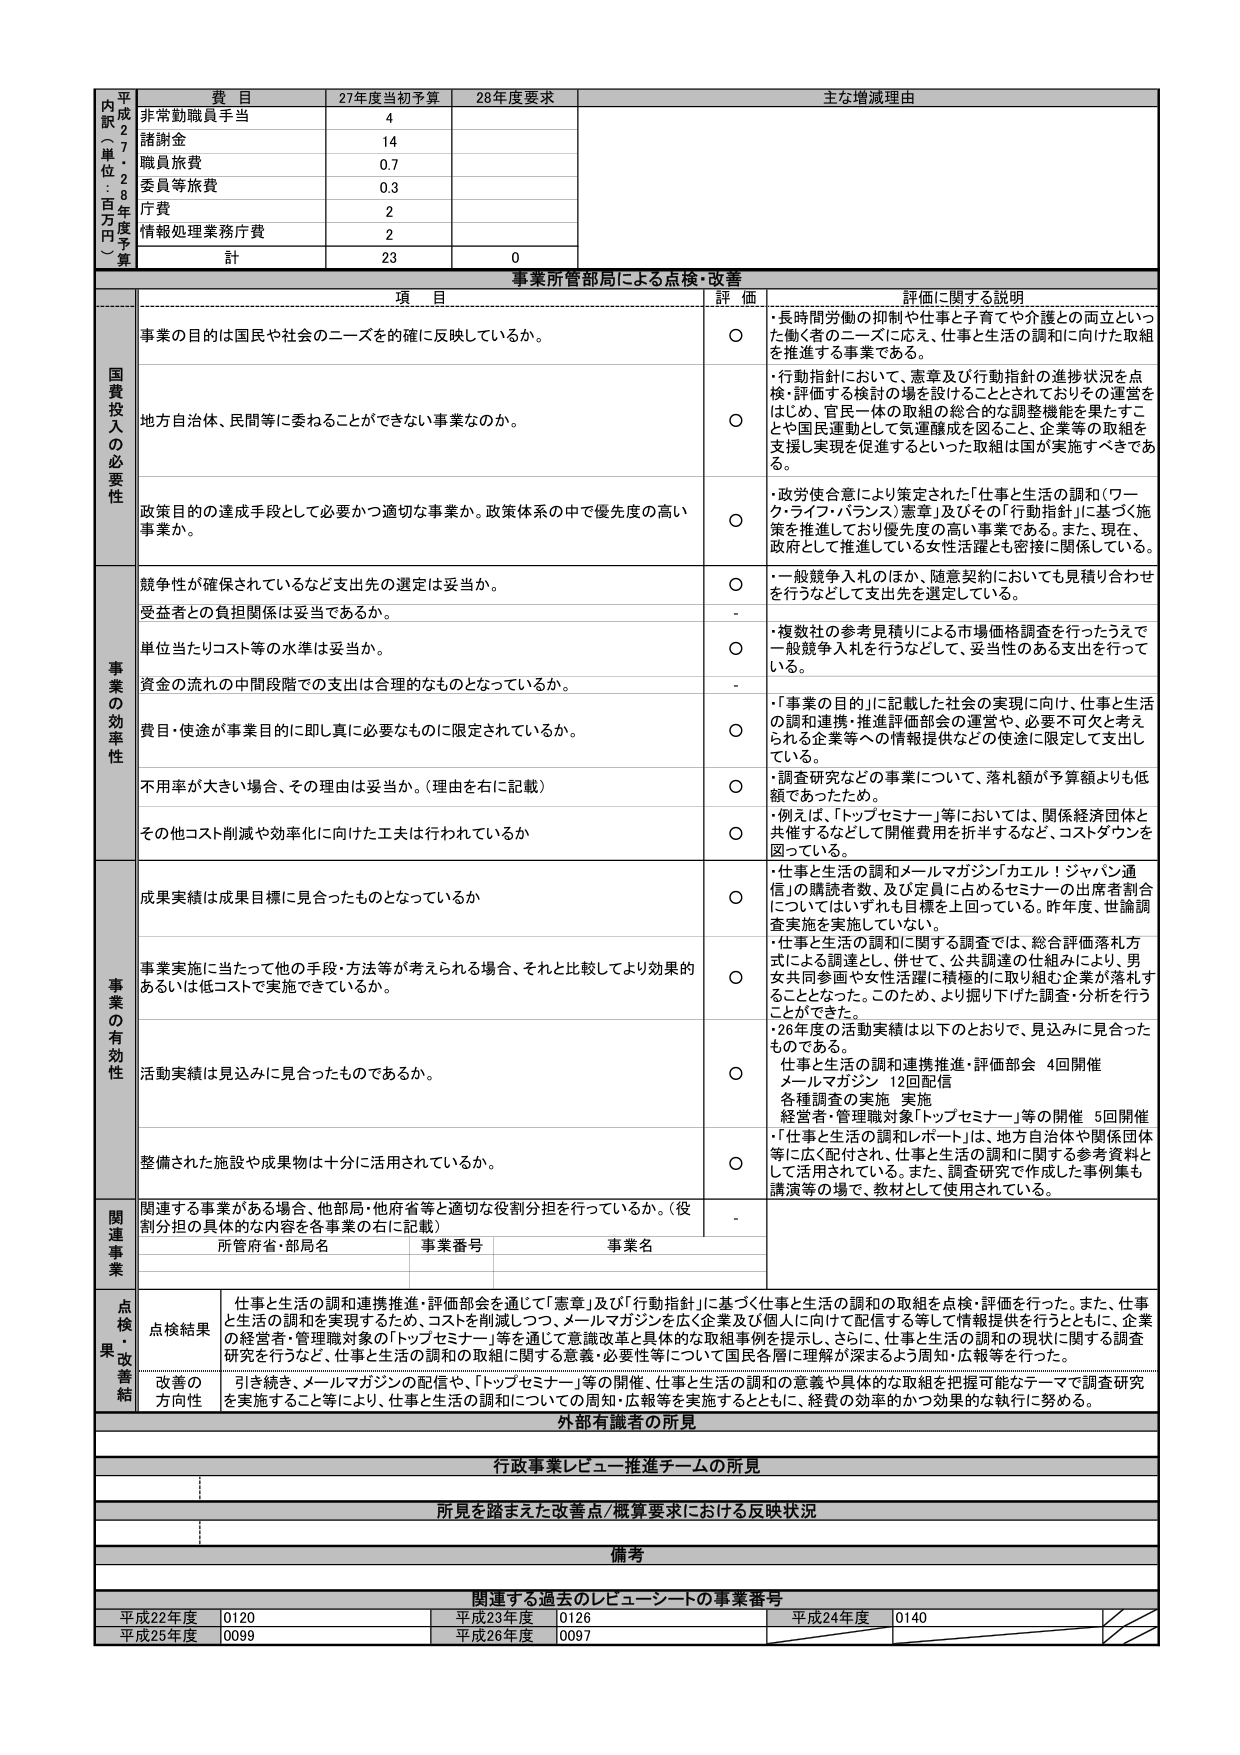
平成27年度予算（単位：百万円）
費目 27年度当初予算 28年度要求 主な増減理由
非常勤職員手当 4
諸謝金 14
職員旅費 0.7
委員等旅費 0.3
庁費 2
情報処理業務庁費 2
計 23 0

事業所管部局による点検・改善
項 目 評価 評価に関する説明
国費投入の必要性
事業の目的は国民や社会のニーズを的確に反映しているか。 ○ ・長時間労働の抑制や仕事と子育てや介護との両立といった働く者のニーズに応え、仕事と生活の調和に向けた取組を推進する事業である。
地方自治体、民間等に委ねることができない事業なのか。 ○ ・行動指針において、憲章及び行動指針の進捗状況を点検・評価する検討の場を設けることとされておりその運営をはじめ、官民一体の取組の総合的な調整機能を果たすことや国民運動として気運醸成を図ること、企業等の取組を支援し実現を促進するといった取組は国が実施すべきである。
政策目的の達成手段として必要かつ適切な事業か。政策体系の中で優先度の高い事業か。 ○ ・政党使合意により策定された「仕事と生活の調和（ワーク・ライフ・バランス）憲章」及びその「行動指針」に基づく施策を推進しており優先度の高い事業である。また、現在、政府として推進している女性活躍とも密接に関係している。
事業の効率性
競争性が確保されているなど支出先の選定は妥当か。 ○ ・一般競争入札のほか、随意契約においても見積り合わせを行うなどして支出先を選定している。
受益者との負担関係は妥当であるか。 -
単位当たりコスト等の水準は妥当か。 ○ ・複数社の参考見積りによる市場価格調査を行ったうえで一般競争入札を行うなどして、妥当性のある支出を行っている。
資金の流れの中間段階での支出は合理的なものとなっているか。 -
費目・使途が事業目的に即し真に必要なものに限定されているか。 ○ ・「事業の目的」に記載した社会の実現に向け、仕事と生活の調和連携・推進評価部会の運営や、必要不可欠と考えられる企業等への情報提供などの使途に限定して支出している。
不用率が大きい場合、その理由は妥当か。（理由を右に記載） ○ ・調査研究などの事業について、落札額が予算額よりも低額であったため。
その他コスト削減や効率化に向けた工夫は行われているか ○ ・例えば、「トップセミナー」等においては、関係経済団体と共催するなどして開催費用を折半するなど、コストダウンを図っている。
事業の有効性
成果実績は成果目標に見合ったものとなっているか ○ ・「仕事と生活の調和とメールマガジン「カエル！ジャパン通信」の購読者数、及び定員に占めるセミナーの出席者割合についてはいずれも目標を上回っている。昨年度、世論調査実施を実施していない。
事業実施に当たって他の手段・方法等が考えられる場合、それと比較してより効果的あるいは低コストで実施できているか。 ○ ・「仕事と生活の調和に関する調査では、総合評価落札方式による調達とし、併せて、公共調達の仕組みにより、男女共同参画や女性活躍に積極的に取り組む企業が落札することとなった。このため、より掘り下げた調査・分析を行うことができた。
・26年度の活動実績は以下のとおりで、見込みに見合ったものである。
仕事と生活の調和連携推進・評価部会 4回開催
メールマガジン 12回配信
各種調査の実施 実施
経営者・管理職対象「トップセミナー」等の開催 5回開催
活動実績は見込みに見合ったものであるか。 ○ ・「仕事と生活の調和レポート」は、地方自治体や関係団体等に広く配付され、仕事と生活の調和に関する参考資料として活用されている。また、調査研究で作成した事例集も講演等の場で、教材として使用されている。
整備された施設や成果物は十分に活用されているか。 ○
関連事業
関連する事業がある場合、他部局・他府省等と適切な役割分担を行っているか。（役割分担の具体的な内容を各事業の右に記載） -
所管府省・部局名 事業番号 事業名
点検・改善結果
点検結果 仕事と生活の調和連携推進・評価部会を通じて「憲章」及び「行動指針」に基づく仕事と生活の調和の取組を点検・評価を行った。また、仕事と生活の調和を実現するため、コストを削減しつつ、メールマガジンを広く企業及び個人に向けに配信する等して情報提供を行うとともに、企業の経営者・管理職対象の「トップセミナー」等を通じて意識改革と具体的な取組事例を提示し、さらに、仕事と生活の調和の現状に関する調査研究を行うなど、仕事と生活の調和の取組に関する意義・必要性等について国民各層に理解が深まるよう周知・広報等を行った。
改善の方向性 引き続き、メールマガジンの配信や、「トップセミナー」等の開催、仕事と生活の調和の意義や具体的な取組を把握可能なテーマで調査研究を実施すること等により、仕事と生活の調和についての周知・広報等を実施するとともに、経費の効率的かつ効果的な執行に努める。
外部有識者の所見
行政事業レビュー推進チームの所見
所見を踏まえた改善点/概算要求における反映状況
備考
関連する過去のレビューシートの事業番号
平成22年度 0120 平成23年度 0126 平成24年度 0140
平成25年度 0099 平成26年度 0097